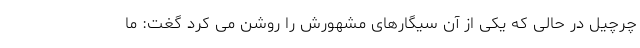
چرچیل در حالی که یکی از آن سیگارهای مشهورش را روشن می کرد گغت: ما